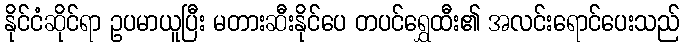
နိုင်ငံဆိုင်ရာ ဥပမာယူပြီး မတားဆီးနိုင်ပေ တပင်ရွှေထီး၏ အလင်းရောင်ပေးသည်